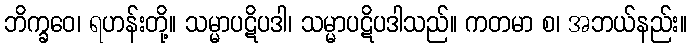
ဘိက္ခဝေ၊ ရဟန်းတို့။ သမ္မာပဋိပဒါ၊ သမ္မာပဋိပဒါသည်။ ကတမာ စ၊ အဘယ်နည်း။